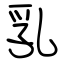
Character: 乳